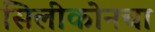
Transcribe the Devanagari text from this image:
सिलीकोनचा